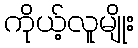
ကိုယ့်လူမျိုး